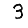
Digit: 3